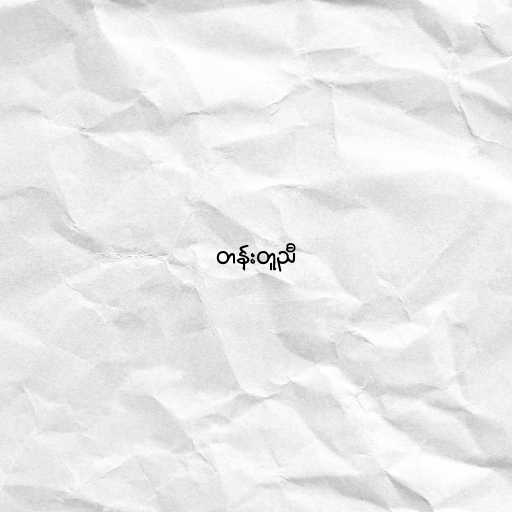
တန်းတူညီ